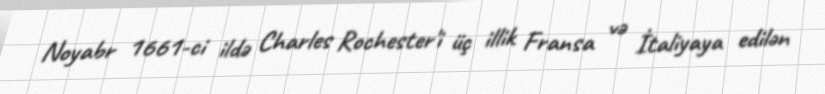
Noyabr 1661-ci ildə Charles Rochester'i üç illik Fransa və İtaliyaya edilən